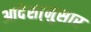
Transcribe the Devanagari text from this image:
आदेशा्नुसार